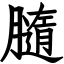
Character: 膸